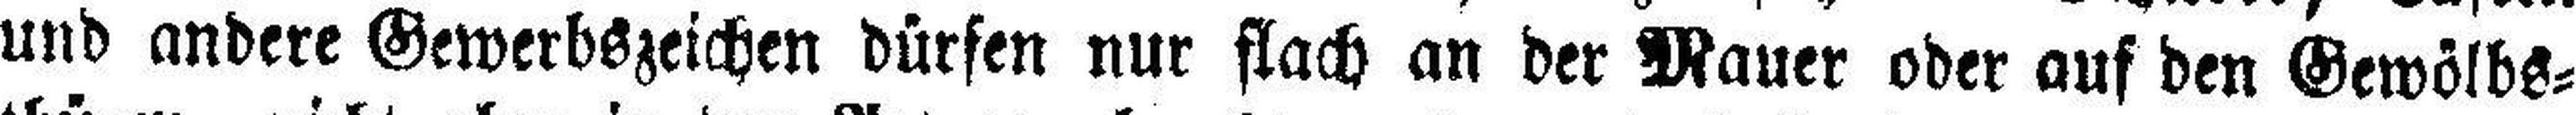
und andere Gewerbszeichen dürfen nur flach an der Mauer oder auf den Gewölbs¬